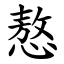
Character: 㥿